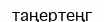
таңертеңг